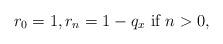
LaTeX: \begin{align*}r_0=1, r_n=1-q_x \mbox{ if } n>0,\end{align*}